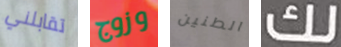
تقابلني وزوج الطنين لك